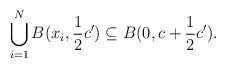
LaTeX: \begin{align*}\bigcup_{i=1}^N B(x_i,\frac{1}{2}c')\subseteq B(0,c+\frac{1}{2}c').\end{align*}